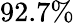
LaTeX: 92.7\%